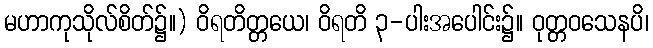
မဟာကုသိုလ်စိတ်၌။) ဝိရတိတ္တယေ၊ ဝိရတိ ၃-ပါးအပေါင်း၌။ ဝုတ္တဝသေနပိ၊